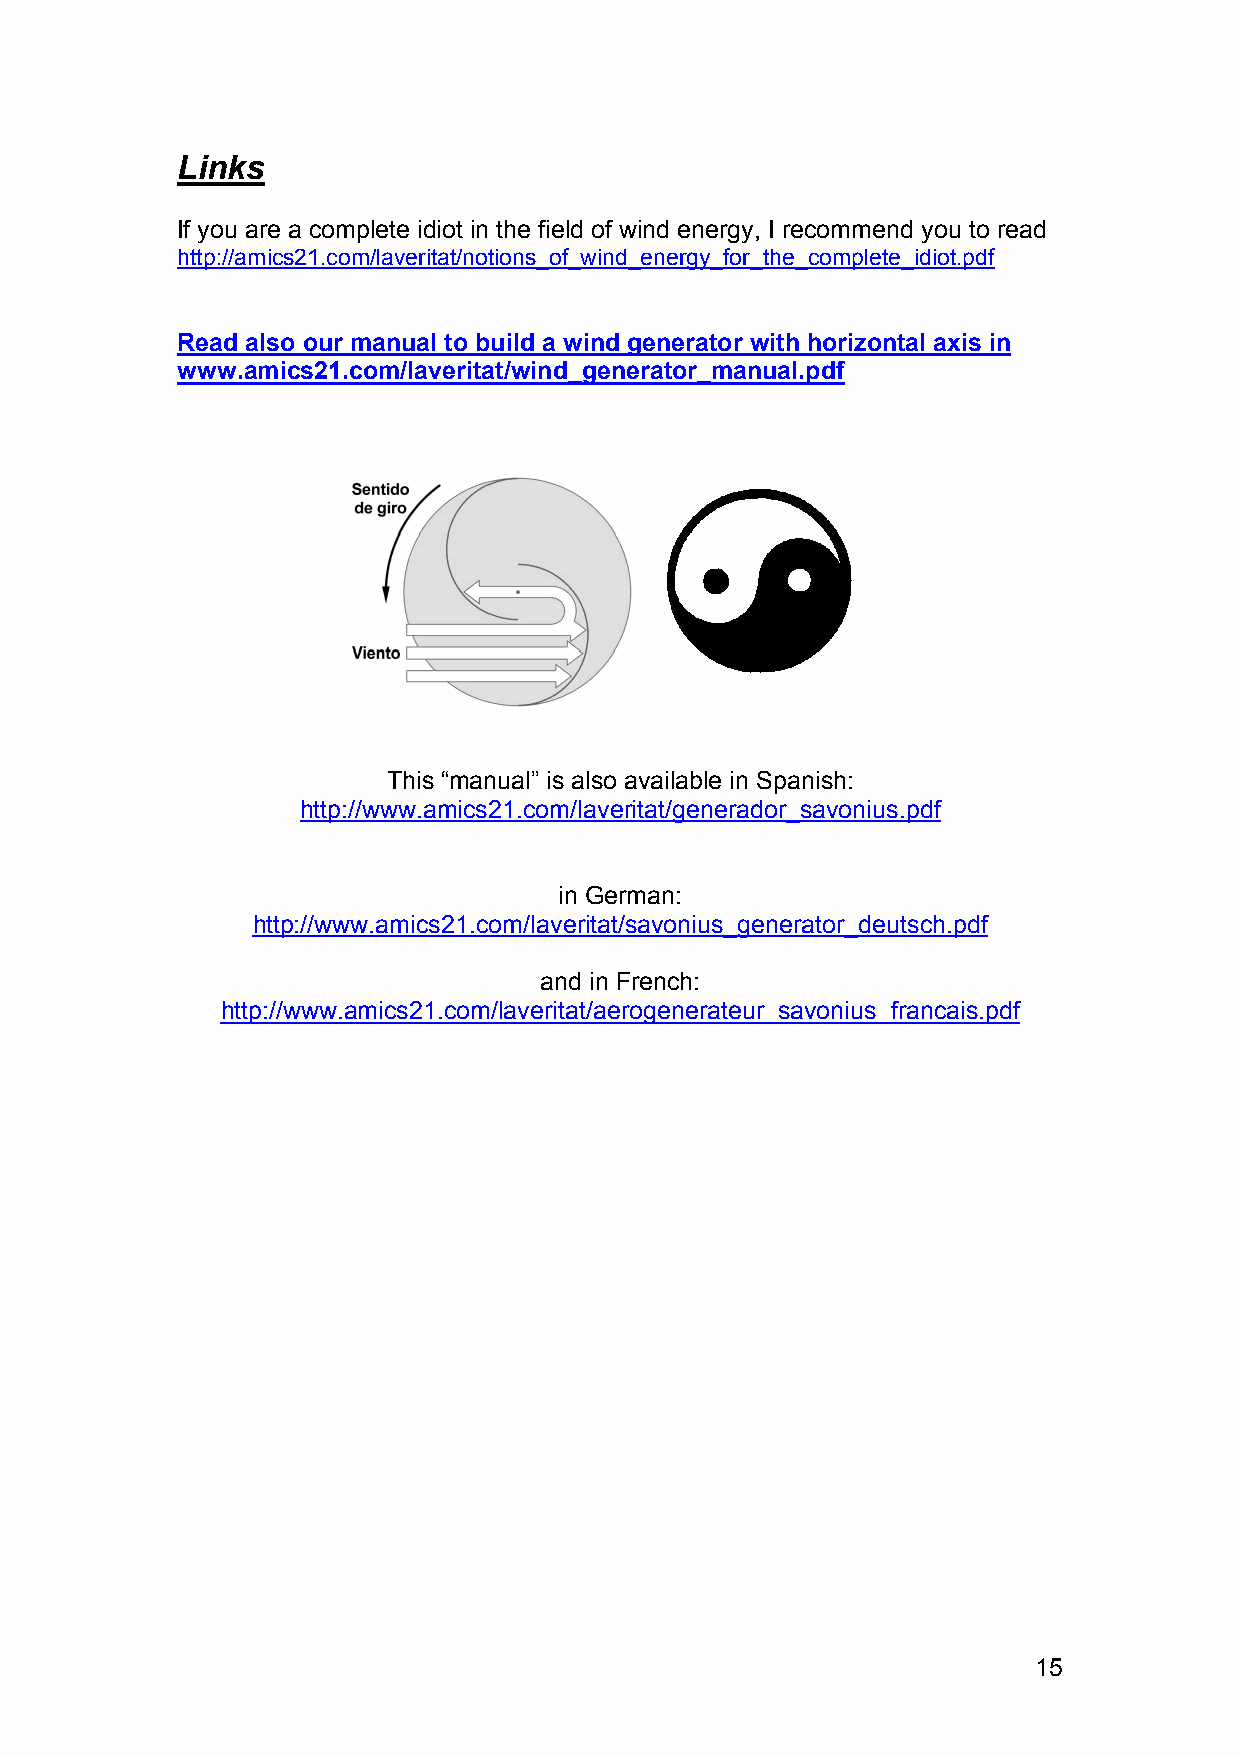
Links
 If you are a complete idiot in the field of wind energy, I recommend you to read
 http://amics21.com/laveritat/notions_of_wind_energy_for_the_complete_idiot.pdf
 Read also our manual to build a wind generator with horizontal axis in
 www.amics21.com/laveritat/wind_generator_manual.pdf
 This “manual” is also available in Spanish:
 http://www.amics21.com/laveritat/generador_savonius.pdf
 in German:
 http://www.amics21.com/laveritat/savonius_generator_deutsch.pdf
 and in French:
 http://www.amics21.com/laveritat/aerogenerateur_savonius_francais.pdf
 15